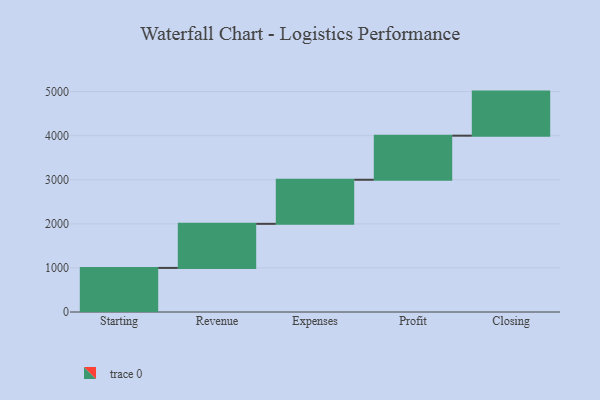
{"axis": {"x": "Step", "y": "Value"}, "legend": [""], "data": [{"x": "Starting", "y": 1000, "type": ""}, {"x": "Revenue", "y": 1000, "type": ""}, {"x": "Expenses", "y": 1000, "type": ""}, {"x": "Profit", "y": 1000, "type": ""}, {"x": "Closing", "y": 1000, "type": ""}]}